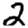
Digit: 2